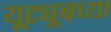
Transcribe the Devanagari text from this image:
यूट्यूबच्या